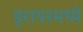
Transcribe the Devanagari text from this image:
ड्रायरमध्ये